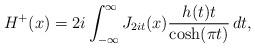
LaTeX: \begin{align*}H^+(x) = 2 i \int_{-\infty}^\infty J_{2 i t}(x) \frac{h(t) t}{\cosh(\pi t)} \, d t,\end{align*}